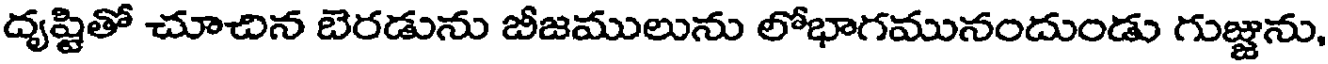
దృష్టితో చూచిన బెరడును బీజములును లోభాగమునందుండు గుజ్జను,